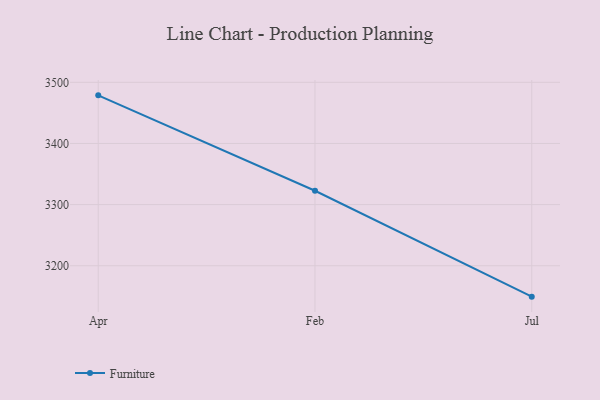
{"axis": {"x": "Month", "y": "Customer Acquisition Cost (USD)"}, "legend": ["Furniture"], "data": [{"x": "Apr", "y": 3478.7, "type": "Furniture"}, {"x": "Feb", "y": 3322.6, "type": "Furniture"}, {"x": "Jul", "y": 3149.4, "type": "Furniture"}]}